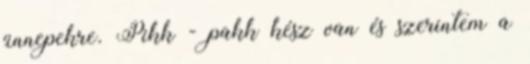
ünnepekre. Pikk - pakk kész van és szerintem a